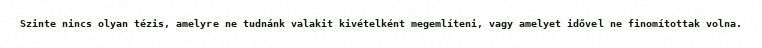
Szinte nincs olyan tézis, amelyre ne tudnánk valakit kivételként megemlíteni, vagy amelyet idővel ne finomítottak volna.